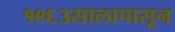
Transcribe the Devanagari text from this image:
१९६३सालापासून